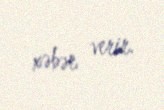
xəbər verir.